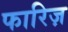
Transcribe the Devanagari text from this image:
फारिज़